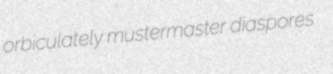
orbiculately mustermaster diaspores